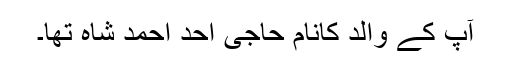
آپ کے والد کانام حاجی احد احمد شاہ تھا۔